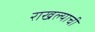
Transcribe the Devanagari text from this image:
राखल्याची